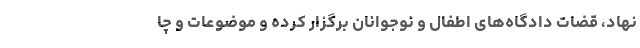
نهاد، قضات دادگاه‌های اطفال و نوجوانان برگزار کرده و موضوعات و چا